Scottish Leaving Certificate Examination, 1957
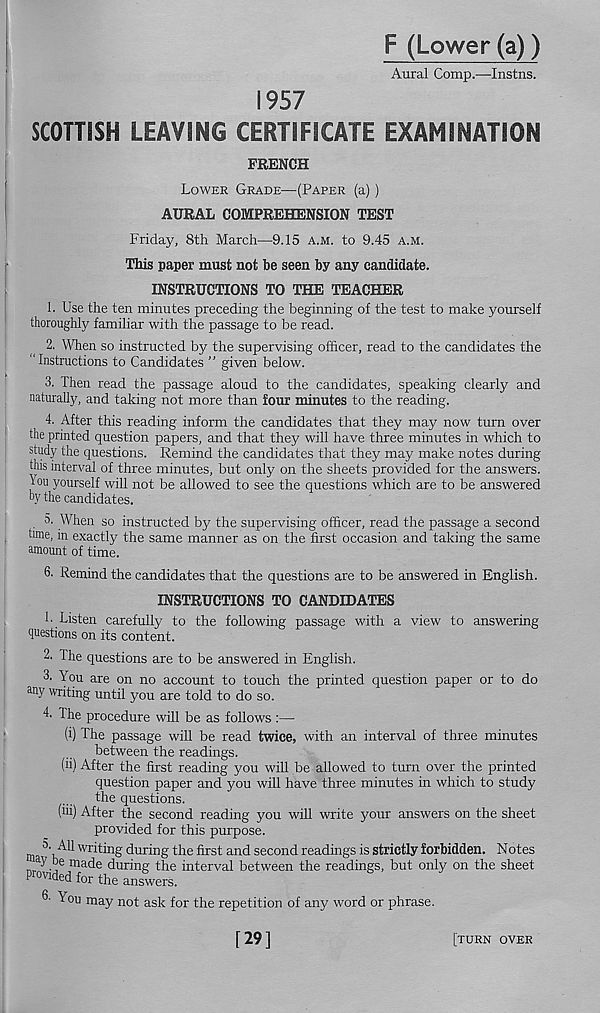
F (Lower (a))
Aural Comp.—-Instns.
1957
SCOTTISH LEAVING CERTIFICATE EXAMINATION
FRENCH
Lower Grade—(Paper (a))
AURAL COMPREHENSION TEST
Friday, 8th March—9.15 a.m. to 9.45 a.m.
This paper must not be seen by any candidate.
INSTRUCTIONS TO THE TEACHER
1. Use the ten minutes preceding the beginning of the test to make yourself
thoroughly familiar with the passage to be read.
2. When so instructed by the supervising officer, read to the candidates the
" Instructions to Candidates ” given below.
3. Then read the passage aloud to the candidates, speaking clearly and
naturally, and taking not more than four minutes to the reading.
4. After this reading inform the candidates that they may now turn over
the printed question papers, and that they will have three minutes in which to
study the questions. Remind the candidates that they may make notes during
this interval of three minutes, but only on the sheets provided for the answers,
t'ou yourself will not be allowed to see the questions which are to be answered
by the candidates.
а. When so instructed by the supervising officer, read the passage a second
time, in exactly the same manner as on the first occasion and taking the same
amount of time.
б. Remind the candidates that the questions are to be answered in English.
INSTRUCTIONS TO CANDIDATES
1- Listen carefully to the following passage with a view to answering
questions on its content.
2. The questions are to be answered in English.
3. You are on no account to touch the printed question paper or to do
any writing until you are told to do so.
4. The procedure will be as follows :—
(i) The passage will be read twice, with an interval of three minutes
between the readings.
(ii) After the first reading you will be allowed to turn over the printed
question paper and you will have three minutes in which to study
the questions.
(iii) After the second reading you will write your answers on the sheet
provided for this purpose.
m \ AU
during the first and second readings is strictly forbidden. Notes
a y be made during the interval between the readings, but only on the sheet
P^vided for the answers.
6- You may not ask for the repetition of any word or phrase.
[ 29 ]
[turn over